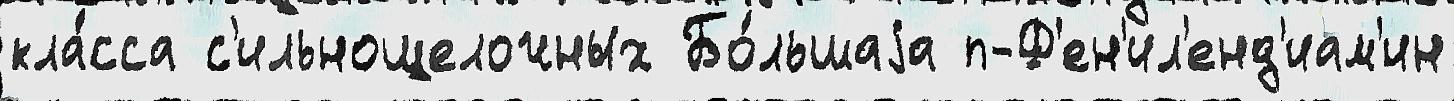
кла́сса с'ильнощелочных Бо́льшаjа п-Ф'ен'ил'енд'иам'ин